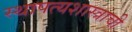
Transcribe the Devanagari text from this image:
स्थापत्यशास्त्राची